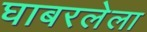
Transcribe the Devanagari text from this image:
घाबरलेला